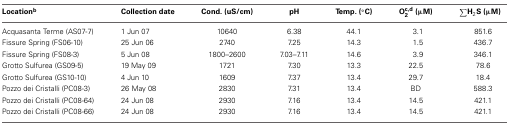
<table><thead><tr><td><b>Location<sup>b</sup></b></td><td><b>Collection date</b></td><td><b>Cond. (uS/cm)</b></td><td><b>pH</b></td><td><b>Temp. (°C)</b></td><td><b>O<sup>c,d</sup><sub>2</sub> (μM)</b></td><td><b>∑H<sub>2</sub>S (μM)</b></td></tr></thead><tbody><tr><td>Acquasanta Terme (AS07-7)</td><td>1 Jun 07</td><td>10640</td><td>6.38</td><td>44.1</td><td>3.1</td><td>851.6</td></tr><tr><td>Fissure Spring (FS06-10)</td><td>25 Jun 06</td><td>2740</td><td>7.25</td><td>14.3</td><td>1.5</td><td>436.7</td></tr><tr><td>Fissure Spring (FS08-3)</td><td>5 Jun 08</td><td>1800–2600</td><td>7.03–7.11</td><td>14.6</td><td>3.9</td><td>346.1</td></tr><tr><td>Grotto Sulfurea (GS09-5)</td><td>19 May 09</td><td>1721</td><td>7.30</td><td>13.3</td><td>22.5</td><td>78.6</td></tr><tr><td>Grotto Sulfurea (GS10-10)</td><td>4 Jun 10</td><td>1609</td><td>7.37</td><td>13.4</td><td>29.7</td><td>18.4</td></tr><tr><td>Pozzo dei Cristalli (PC08-3)</td><td>26 May 08</td><td>2830</td><td>7.31</td><td>13.4</td><td>BD</td><td>588.3</td></tr><tr><td>Pozzo dei Cristalli (PC08-64)</td><td>24 Jun 08</td><td>2930</td><td>7.16</td><td>13.4</td><td>14.5</td><td>421.1</td></tr><tr><td>Pozzo dei Cristalli (PC08-66)</td><td>24 Jun 08</td><td>2930</td><td>7.16</td><td>13.4</td><td>14.5</td><td>421.1</td></tr></tbody></table>